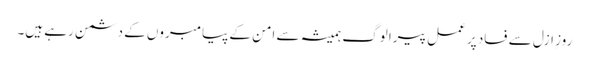
روزِ ازل سے فساد پر عمل پیرا لوگ ہمیشہ سے امن کے پیامبروں کے دشمن رہے ہیں۔